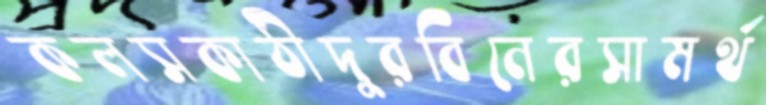
কলসকাঠীদুরবিনেরসামর্থ